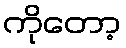
ကိုတော့